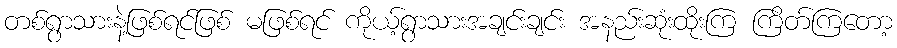
တစ်ရွာသားနဲ့ဖြစ်ရင်ဖြစ် မဖြစ်ရင် ကိုယ့်ရွာသားအချင်းချင်း အနည်းဆုံးထိုးကြ ကြိတ်ကြတော့